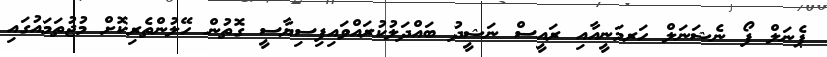
ޕެނަލް ފޯ ނެޝަނަލް ހަރމަނީއާއި ރައީސް ނަޝީދު ބައްދަލުކުރައްވައިފިސިޔާސީ ގޮތުން ހޭލުންތެރިކޮށް މުޖުތަމައުގައި